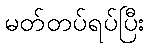
မတ်တပ်ရပ်ပြီး